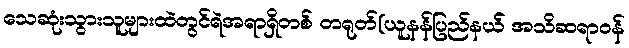
သေဆုံးသွားသူများထဲတွင်ရဲအရာရှိတစ် တရုတ်(ယူနန်ပြည်နယ် အသိဆရာဝန်